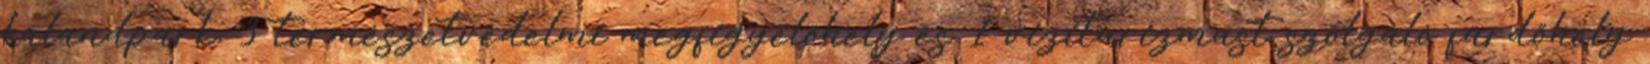
kalandpark, 3 természetvédelmi megfigyelőhely és 1 viziturizmust szolgáló fürdőhely